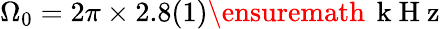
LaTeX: \Omega_{0}=2\pi\times 2.8(1)\ensuremath{\, \mathrm{~k~H~z~}}